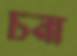
চনা